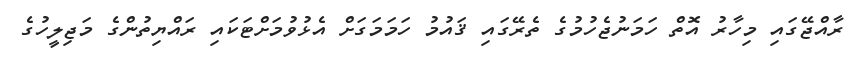
ރާއްޖޭގައި މިހާރު އޮތް ހަމަނުޖެހުމުގެ ތެރޭގައި ޤައުމު ހަމަމަގަށް އެޅުވުމަށްޓަކައި ރައްޔިތުންގެ މަޖިލީހުގެ